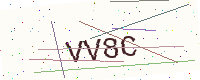
Text: VV8C